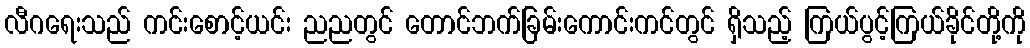
လီဂရေးသည် ကင်းစောင့်ယင်း ညညတွင် တောင်ဘက်ခြမ်းကောင်းကင်တွင် ရှိသည့် ကြယ်ပွင့်ကြယ်ခိုင်တို့ကို